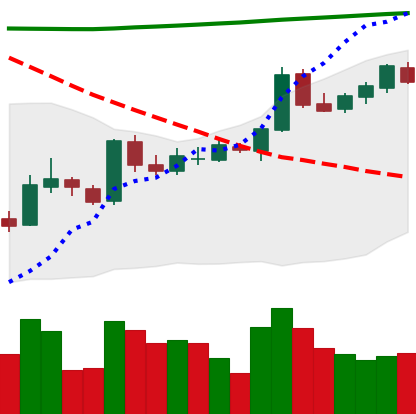
Ticker: BTC-USD
Chart end date: 2015-10-12
Forward return: 10.327%
Label: up_7plus